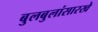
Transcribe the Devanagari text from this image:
बुलबुलांसारखे